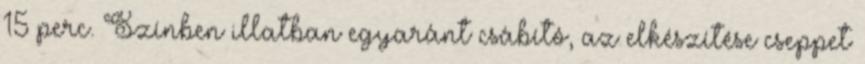
15 perc. Színben illatban egyaránt csábító, az elkészítése cseppet